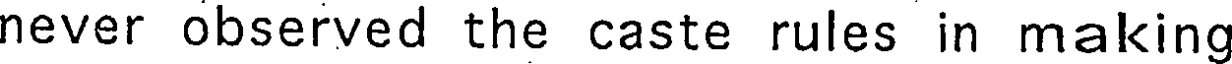
never observed the caste rules in making